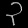
Digit: ၃